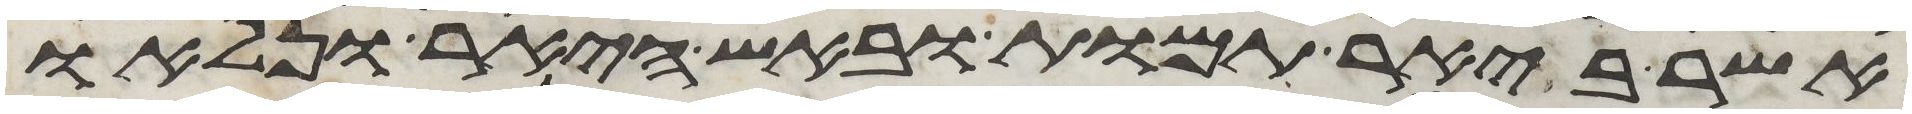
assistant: אשר ביאר תמות ובאש היאר ונלאו